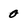
Character: 0